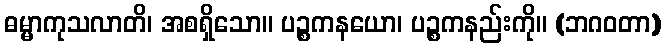
ဓမ္မာကုသလာတိ၊ အစရှိသော။ ပဉ္စကနယော၊ ပဉ္စကနည်းကို။ (ဘဂဝတာ)